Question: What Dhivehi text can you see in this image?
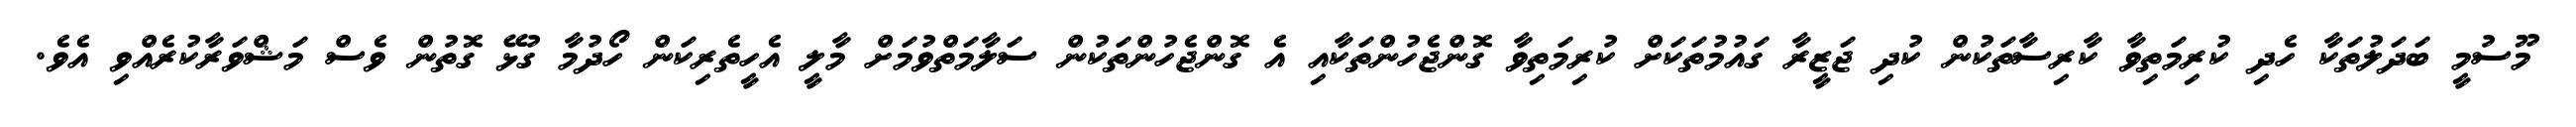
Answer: މޫސުމީ ބަދަލުތަކާ ހެދި ކުރިމަތިވާ ކާރިސާތަކުން ކުދި ޖަޒީރާ ގައުމުތަކަށް ކުރިމަތިވާ ގޮންޖެހުންތަކާއި އެ ގޮންޖެހުންތަކުން ސަލާމަތްވުމަށް މާލީ އެހީތެރިކަން ހޯދުމާ ގުޅޭ ގޮތުން ވެސް މަޝްވަރާކުރެއްވި އެވެ.